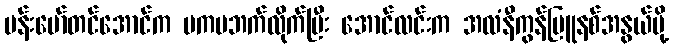
ဗန်းမော်တင်အောင်က ဗကပဘက်လိုက်ပြီး အောင်လင်းက အလံနီကွန်မြူနစ်အနွယ်မို့